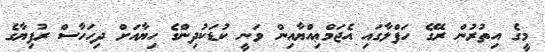
މީގެ އިތުރުން ރޭގެ ހަފްލާގައި އެޖަމްޢިއްޔާއިން ވަނީ ކުޑަކުދިންގެ ހިޔާއަށް ދިހަހާސް ރުފިޔާގެ